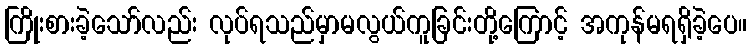
ကြိုးစားခဲ့သော်လည်း လုပ်ရသည်မှာမလွယ်ကူခြင်းတို့ကြောင့် အကုန်မရရှိခဲ့ပေ။